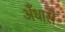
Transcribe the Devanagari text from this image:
अँधारी